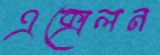
এক্সেলন